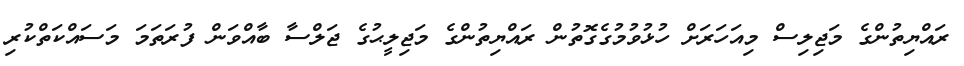
ރައްޔިތުންގެ މަޖިލިސް މިއަހަރަށް ހުޅުވުމުގެގޮތުން ރައްޔިތުންގެ މަޖިލީޙުގެ ޖަލްސާ ބާއްވަން ފުރަތަމަ މަސައްކަތްކުރި